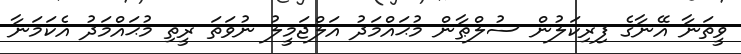
ވީތަނާ އޭނާގެ ފިރިކަލުން ސުލްޠާން މުޙައްމަދު އަލްޖަމީލު ނުވަތަ ރީތި މުޙައްމަދު އެކަމަނާ